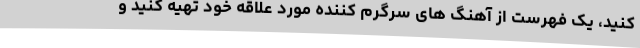
کنید، یک فهرست از آهنگ های سرگرم کننده مورد علاقه خود تهیه کنید و